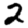
Digit: 2